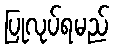
ပြုလုပ်ရမည်